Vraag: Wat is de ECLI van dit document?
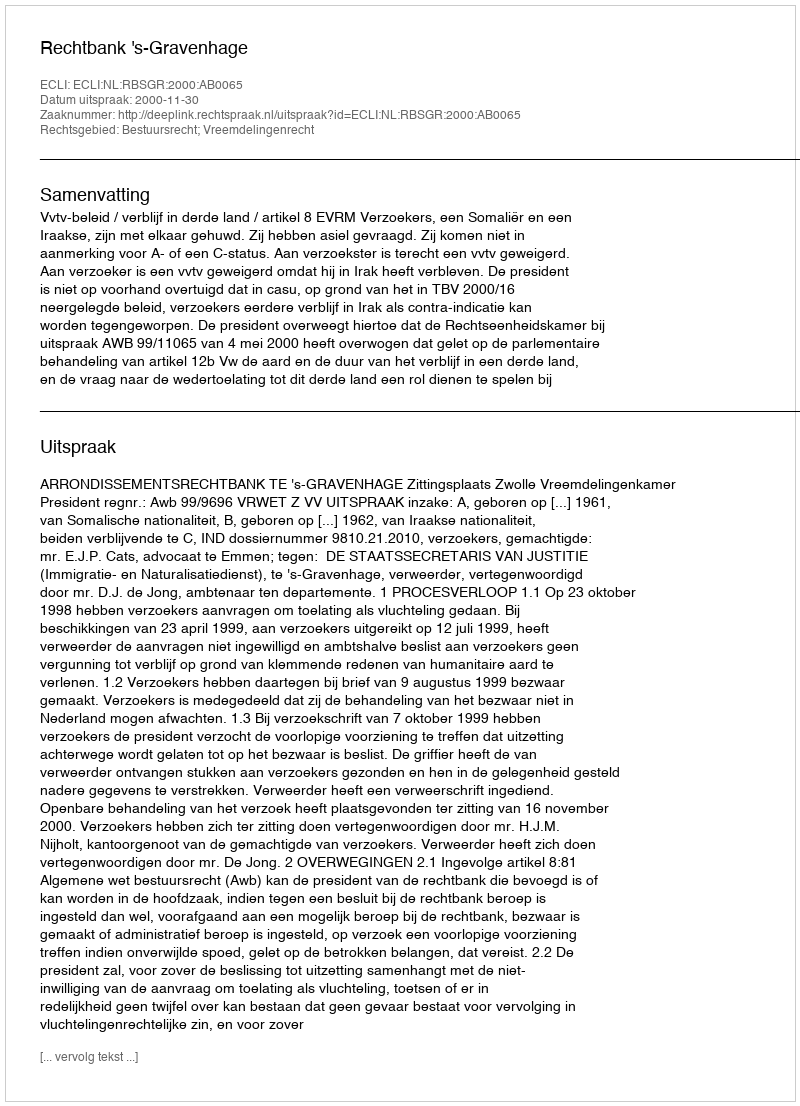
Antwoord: ECLI:NL:RBSGR:2000:AB0065